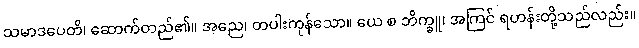
သမာဒပေတိ၊ ဆောက်တည်၏။ အညေ၊ တပါးကုန်သော။ ယေ စ ဘိက္ခူ၊ အကြင် ရဟန်းတို့သည်လည်း။